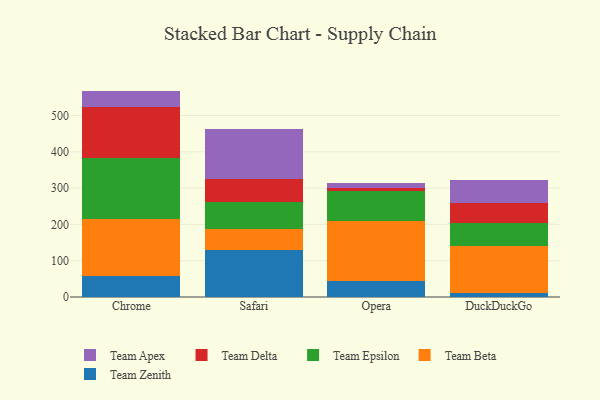
{"axis": {"x": "Browser", "y": "Churn Rate (%)"}, "legend": ["Team Apex", "Team Beta", "Team Delta", "Team Epsilon", "Team Zenith"], "data": [{"x": "Chrome", "y": 58.5, "type": "Team Zenith"}, {"x": "Chrome", "y": 155.1, "type": "Team Beta"}, {"x": "Chrome", "y": 169.3, "type": "Team Epsilon"}, {"x": "Chrome", "y": 141.9, "type": "Team Delta"}, {"x": "Chrome", "y": 43.2, "type": "Team Apex"}, {"x": "Safari", "y": 129.0, "type": "Team Zenith"}, {"x": "Safari", "y": 57.8, "type": "Team Beta"}, {"x": "Safari", "y": 75.6, "type": "Team Epsilon"}, {"x": "Safari", "y": 62.7, "type": "Team Delta"}, {"x": "Safari", "y": 137.4, "type": "Team Apex"}, {"x": "Opera", "y": 44.8, "type": "Team Zenith"}, {"x": "Opera", "y": 163.4, "type": "Team Beta"}, {"x": "Opera", "y": 84.7, "type": "Team Epsilon"}, {"x": "Opera", "y": 6.2, "type": "Team Delta"}, {"x": "Opera", "y": 16.3, "type": "Team Apex"}, {"x": "DuckDuckGo", "y": 9.8, "type": "Team Zenith"}, {"x": "DuckDuckGo", "y": 130.6, "type": "Team Beta"}, {"x": "DuckDuckGo", "y": 63.3, "type": "Team Epsilon"}, {"x": "DuckDuckGo", "y": 56.1, "type": "Team Delta"}, {"x": "DuckDuckGo", "y": 62.6, "type": "Team Apex"}]}